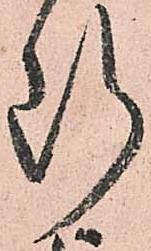
断